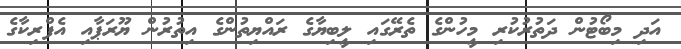
އަދި މިބޯޓުން ދަތުރުކުރި މީހުންގެ ތެރޭގައި ލީބިޔާގެ ރައްޔިތުންގެ އިތުރުން ޔޫރަޕާއި އެފްރިކާގެ